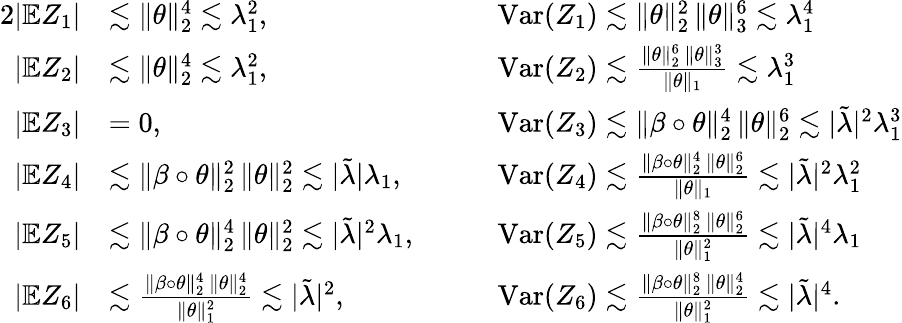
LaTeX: \begin{array}{rlrl}{{2}|\mathbb{E}Z_{1}|}&{\lesssim\| \theta\| _{2}^{4}\lesssim\lambda_{1}^{2},\qquad}&&{\mathrm{Var}(Z_{1})\lesssim\| \theta\| _{2}^{2}\, \| \theta\| _{3}^{6}\lesssim\lambda_{1}^{4}}\\ {|\mathbb{E}Z_{2}|}&{\lesssim\| \theta\| _{2}^{4}\lesssim\lambda_{1}^{2},\quad}&&{\mathrm{Var}(Z_{2})\lesssim\frac{\| \theta\| _{2}^{6}\, \| \theta\| _{3}^{3}}{\| \theta\| _{1}}\lesssim\lambda_{1}^{3}}\\ {|\mathbb{E}Z_{3}|}&{=0,\quad}&&{\mathrm{Var}(Z_{3})\lesssim\| \beta\circ\theta\| _{2}^{4}\, \| \theta\| _{2}^{6}\lesssim|\tilde{\lambda}|^{2}\lambda_{1}^{3}}\\ {|\mathbb{E}Z_{4}|}&{\lesssim\| \beta\circ\theta\| _{2}^{2}\, \| \theta\| _{2}^{2}\lesssim|\tilde{\lambda}|\lambda_{1},\quad}&&{\mathrm{Var}(Z_{4})\lesssim\frac{\| \beta\circ\theta\| _{2}^{4}\, \| \theta\| _{2}^{6}}{\| \theta\| _{1}}\lesssim|\tilde{\lambda}|^{2}\lambda_{1}^{2}}\\ {|\mathbb{E}Z_{5}|}&{\lesssim\| \beta\circ\theta\| _{2}^{4}\, \| \theta\| _{2}^{2}\lesssim|\tilde{\lambda}|^{2}\lambda_{1},\quad}&&{\mathrm{Var}(Z_{5})\lesssim\frac{\| \beta\circ\theta\| _{2}^{8}\, \| \theta\| _{2}^{6}}{\| \theta\| _{1}^{2}}\lesssim|\tilde{\lambda}|^{4}\lambda_{1}}\\ {|\mathbb{E}Z_{6}|}&{\lesssim\frac{\| \beta\circ\theta\| _{2}^{4}\, \| \theta\| _{2}^{4}}{\| \theta\| _{1}^{2}}\lesssim|\tilde{\lambda}|^{2},\quad}&&{\mathrm{Var}(Z_{6})\lesssim\frac{\| \beta\circ\theta\| _{2}^{8}\, \| \theta\| _{2}^{4}}{\| \theta\| _{1}^{2}}\lesssim|\tilde{\lambda}|^{4}.}\end{array}